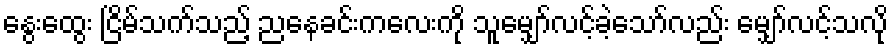
နွေးထွေး ငြိမ်သက်သည့် ညနေခင်းကလေးကို သူမျှော်လင့်ခဲ့သော်လည်း မျှော်လင့်သလို